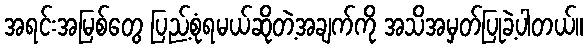
အရင်းအမြစ်တွေ ပြည့်စုံရမယ်ဆိုတဲ့အချက်ကို အသိအမှတ်ပြုခဲ့ပါတယ်။